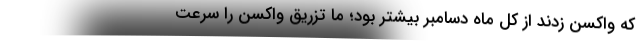
که واکسن زدند از کل ماه دسامبر بیشتر بود؛ ما تزریق واکسن را سرعت